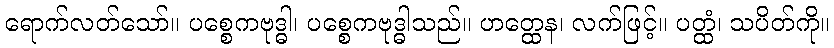
ရောက်လတ်သော်။ ပစ္စေကဗုဒ္ဓါ၊ ပစ္စေကဗုဒ္ဓါသည်။ ဟတ္ထေန၊ လက်ဖြင့်။ ပတ္ထံ၊ သပိတ်ကို။